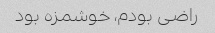
راضی بودم، خوشمزه بود